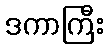
ဒကာကြီး